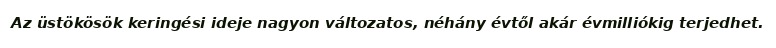
Az üstökösök keringési ideje nagyon változatos, néhány évtől akár évmilliókig terjedhet.